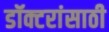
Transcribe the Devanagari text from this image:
डॉक्टरांसाठी